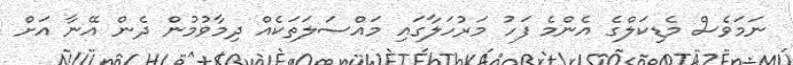
ނަމަވެސް މެޑިކަލްގެ އެންމެ ފަހު މަރުހަލާގައި މައްސަލަތަކެއް ދިމާވުމުން ދެން އޭނާ އަށް